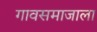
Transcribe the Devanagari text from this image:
गावसमाजाला